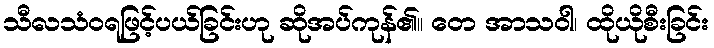
သီလသံဝရဖြင့်ပယ်ခြင်းဟု ဆိုအပ်ကုန်၏။ တေ အာသဝါ၊ ထိုယိုစီးခြင်း